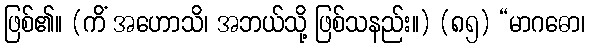
ဖြစ်၏။ (ကိံ အဟောသိ၊ အဘယ်သို့ ဖြစ်သနည်း။) (၈၅) “မာဂဓော၊